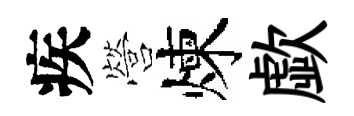
疾營煉歔